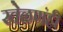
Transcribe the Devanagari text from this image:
खेळणंही